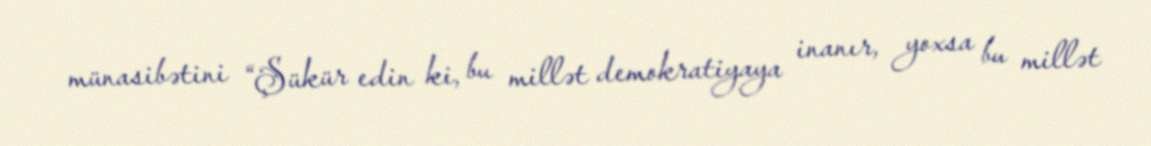
münasibətini “Şükür edin ki, bu millət demokratiyaya inanır, yoxsa bu millət